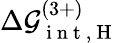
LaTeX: \Delta\mathcal{G}_{\mathrm{{~i~n~t~,~H~}}}^{(3+)}